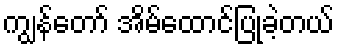
ကျွန်တော် အိမ်ထောင်ပြုခဲ့တယ်